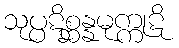
သုပ္ပဋိစ္ဆန္နမုက္ကုဋိ